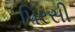
પિરસી